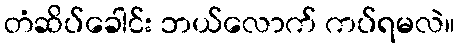
တံဆိပ်ခေါင်း ဘယ်လောက် ကပ်ရမလဲ။